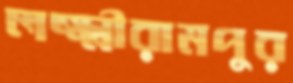
লক্ষ্মীরামপুর